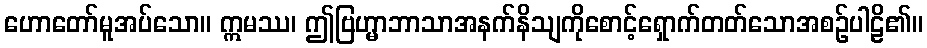
ဟောတော်မူအပ်သော။ ဣမဿ၊ ဤဗြဟ္မာဘာသာအနက်နိသျကိုစောင့်ရှောက်တတ်သောအစဉ်ပါဠိ၏။